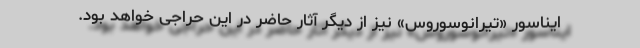
ایناسور «تیرانوسوروس» نیز از دیگر آثار حاضر در این حراجی خواهد بود.